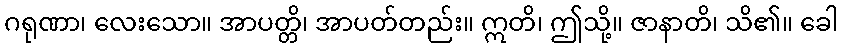
ဂရုဏာ၊ လေးသော။ အာပတ္တိ၊ အာပတ်တည်း။ ဣတိ၊ ဤသို့။ ဇာနာတိ၊ သိ၏။ ခေါ